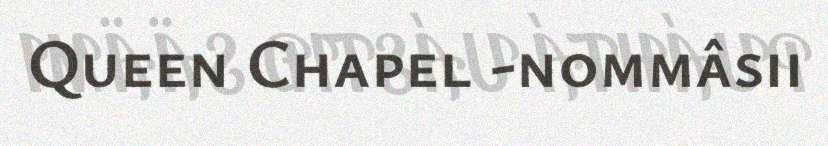
Queen Chapel -nommâsii